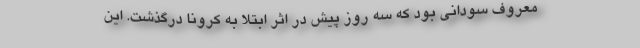
معروف سودانی بود که سه روز پیش در اثر ابتلا به کرونا درگذشت. این